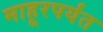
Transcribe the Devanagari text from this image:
माहूरपर्यंत